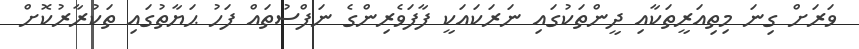
ވަރަށް ގިނަ މިތިއަރީތަކާއި ދީންތަކުގައި ނަރަކައަކީ ފާފަވެރިންގެ ނަފްސުތައް ފަހު ޙަޔާތުގައި ތަކުރާރުކޮށް